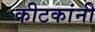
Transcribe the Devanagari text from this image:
कीटकांनी